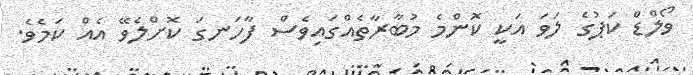
ވޯލްޑް ކަޕުގެ ލަވަ އަކީ ކޮންމެ މުބާރާތެއްގައިވެސް ފާހަނގަ ކޮށްލެވޭ އެއް ކަމެވެ.